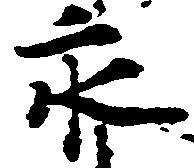
永